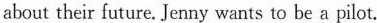
about their future. Jenny wants to be a pilot.